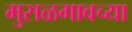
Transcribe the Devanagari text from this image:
मुसळगावच्या